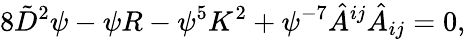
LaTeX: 8\tilde{D}^{2}\psi-\psi R-\psi^{5}K^{2}+\psi^{-7}\hat{A}^{ij}\hat{A}_{ij}=0,